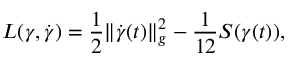
L ( \gamma , \dot { \gamma } ) = \frac { 1 } { 2 } \| \dot { \gamma } ( t ) \| _ { g } ^ { 2 } - \frac { 1 } { 1 2 } S ( \gamma ( t ) ) ,